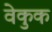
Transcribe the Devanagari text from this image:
वेकुक